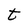
Character: t